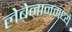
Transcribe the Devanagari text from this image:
लेबेनानमध्ये